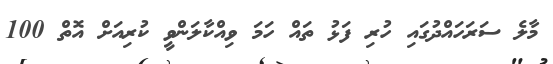
މާލެ ސަރަހައްދުގައި ހުރި ފަޅު ތައް ހަމަ ވިއްކާލަންވީ ކުރިއަށް އޮތް 100